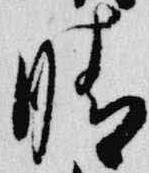
晴